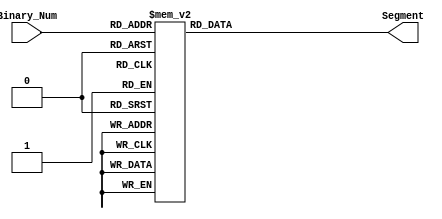
module Binary_7Segment
  (

   input [3:0] Binary_Num,
   output [6:0]     Segment

   );

  reg [6:0] Segment;
  always @(Binary_Num)
    begin
      case (Binary_Num)
            0 : Segment = 7'b1111110;
            1 : Segment = 7'b0110000;
            2 : Segment = 7'b1101101;
            3 : Segment = 7'b1111001;
            4 : Segment = 7'b0110011;
            5 : Segment = 7'b1011011;
            6 : Segment = 7'b1011111;
            7 : Segment = 7'b1110000;
            8 : Segment = 7'b1111111;
            9 : Segment = 7'b1111011;
            //switch off 7 segment character when the bcd digit is not a decimal number.
            default : Segment = 7'b000000;
      endcase
    end



endmodule